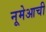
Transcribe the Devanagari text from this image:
नूमेआची